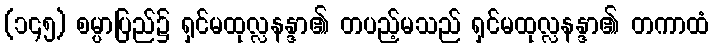
(၁၄၅) စမ္ပာပြည်၌ ရှင်မထုလ္လနန္ဒာ၏ တပည့်မသည် ရှင်မထုလ္လနန္ဒာ၏ တကာထံ